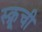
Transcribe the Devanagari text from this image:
स्क्रूची